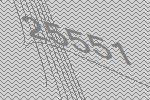
25551